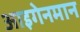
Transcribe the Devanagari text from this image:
आइगेनमान